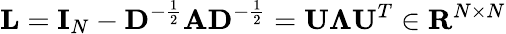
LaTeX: \mathbf L=\mathbf I_{N}-\mathbf D^{-\frac{1}{2}}\mathbf A\mathbf D^{-\frac{1}{2}}=\mathbf U\mathbf{\Lambda}\mathbf U^{T}\in\mathbf{R}^{N\times N}